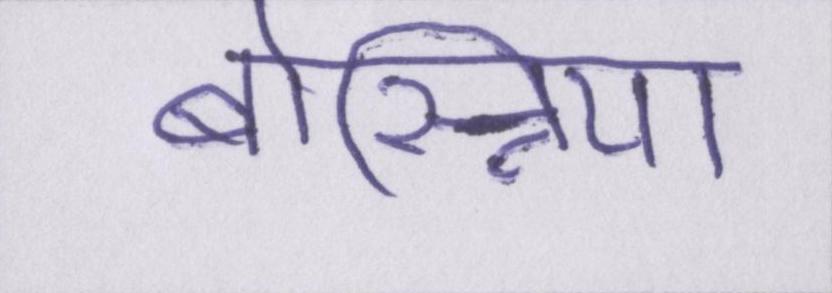
बोस्निया